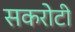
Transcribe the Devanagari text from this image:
सकरोटी